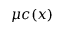
\mu c ( x )